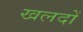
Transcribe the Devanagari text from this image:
खलदों